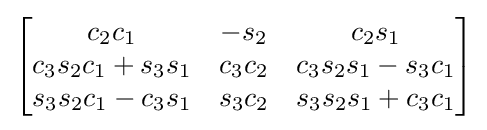
{\begin{bmatrix}c_{2}c_{1}&-s_{2}&c_{2}s_{1}\\c_{3}s_{2}c_{1}+s_{3}s_{1}&c_{3}c_{2}&c_{3}s_{2}s_{1}-s_{3}c_{1}\\s_{3}s_{2}c_{1}-c_{3}s_{1}&s_{3}c_{2}&s_{3}s_{2}s_{1}+c_{3}c_{1}\end{bmatrix}}